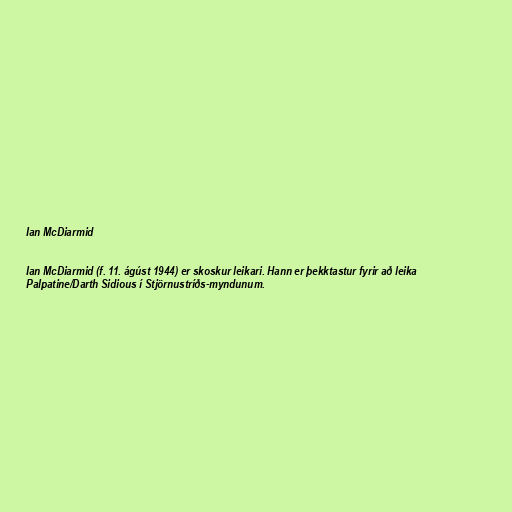
Ian McDiarmid

Ian McDiarmid (f. 11. ágúst 1944) er skoskur leikari. Hann er þekktastur fyrir að leika
Palpatine/Darth Sidious í Stjörnustríðs-myndunum.